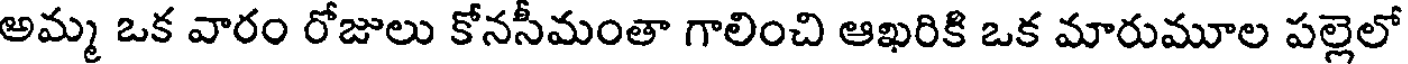
అమ్మ ఒక వారం రోజులు కోనసీమంతా గాలించి ఆఖరికి ఒక మారుమూల పల్లెలో